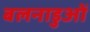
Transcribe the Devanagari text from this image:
बलनाडुओं